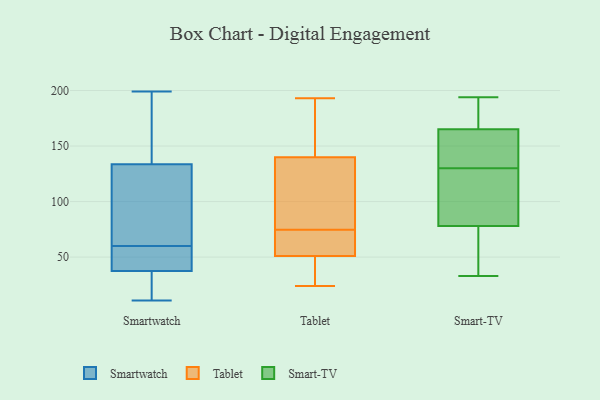
{"axis": {"x": "Conversion Rate (%)", "y": "Value"}, "legend": ["Smart-TV", "Smartwatch", "Tablet"], "data": [{"x": "", "y": 46, "type": "Smartwatch"}, {"x": "", "y": 14, "type": "Smartwatch"}, {"x": "", "y": 38, "type": "Smartwatch"}, {"x": "", "y": 11, "type": "Smartwatch"}, {"x": "", "y": 48, "type": "Smartwatch"}, {"x": "", "y": 101, "type": "Smartwatch"}, {"x": "", "y": 36, "type": "Smartwatch"}, {"x": "", "y": 156, "type": "Smartwatch"}, {"x": "", "y": 48, "type": "Smartwatch"}, {"x": "", "y": 126, "type": "Smartwatch"}, {"x": "", "y": 20, "type": "Smartwatch"}, {"x": "", "y": 163, "type": "Smartwatch"}, {"x": "", "y": 69, "type": "Smartwatch"}, {"x": "", "y": 199, "type": "Smartwatch"}, {"x": "", "y": 60, "type": "Smartwatch"}, {"x": "", "y": 172, "type": "Smartwatch"}, {"x": "", "y": 91, "type": "Smartwatch"}, {"x": "", "y": 70, "type": "Tablet"}, {"x": "", "y": 53, "type": "Tablet"}, {"x": "", "y": 84, "type": "Tablet"}, {"x": "", "y": 166, "type": "Tablet"}, {"x": "", "y": 49, "type": "Tablet"}, {"x": "", "y": 28, "type": "Tablet"}, {"x": "", "y": 193, "type": "Tablet"}, {"x": "", "y": 175, "type": "Tablet"}, {"x": "", "y": 24, "type": "Tablet"}, {"x": "", "y": 78, "type": "Tablet"}, {"x": "", "y": 114, "type": "Tablet"}, {"x": "", "y": 71, "type": "Tablet"}, {"x": "", "y": 181, "type": "Smart-TV"}, {"x": "", "y": 33, "type": "Smart-TV"}, {"x": "", "y": 171, "type": "Smart-TV"}, {"x": "", "y": 156, "type": "Smart-TV"}, {"x": "", "y": 194, "type": "Smart-TV"}, {"x": "", "y": 119, "type": "Smart-TV"}, {"x": "", "y": 134, "type": "Smart-TV"}, {"x": "", "y": 96, "type": "Smart-TV"}, {"x": "", "y": 37, "type": "Smart-TV"}, {"x": "", "y": 130, "type": "Smart-TV"}, {"x": "", "y": 72, "type": "Smart-TV"}, {"x": "", "y": 117, "type": "Smart-TV"}, {"x": "", "y": 111, "type": "Smart-TV"}, {"x": "", "y": 162, "type": "Smart-TV"}, {"x": "", "y": 61, "type": "Smart-TV"}, {"x": "", "y": 166, "type": "Smart-TV"}, {"x": "", "y": 178, "type": "Smart-TV"}, {"x": "", "y": 152, "type": "Smart-TV"}, {"x": "", "y": 36, "type": "Smart-TV"}]}